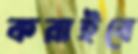
করাইবে